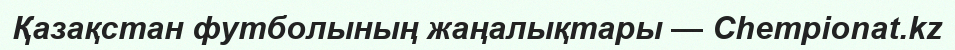
Қазақстан футболының жаңалықтары — Chempionat.kz